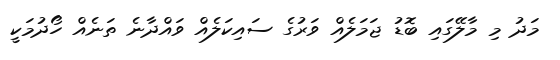
މަދު މި މާލޭގައި ބޮޑު ޖަމަލެއް ވަރުގެ ސައިކަލެއް ވައްދާނެ ތަނެއް ހޯދުމަކީ